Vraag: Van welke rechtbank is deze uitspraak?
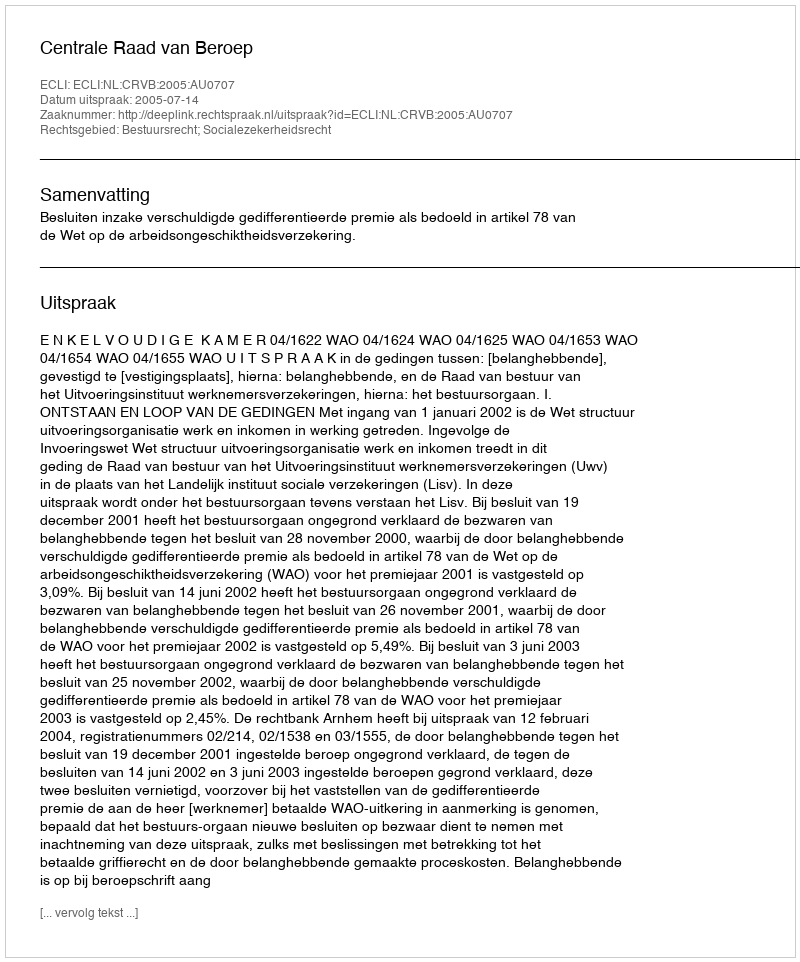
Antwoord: Centrale Raad van Beroep